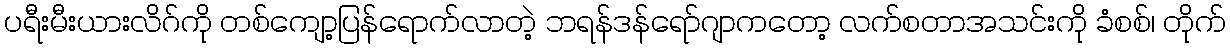
ပရီးမီးယားလိဂ်ကို တစ်ကျော့ပြန်ရောက်လာတဲ့ ဘရန်ဒန်ရော်ဂျာကတော့ လက်စတာအသင်းကို ခံစစ်၊ တိုက်